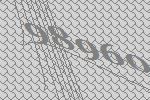
98960